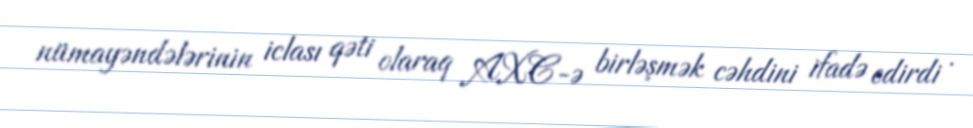
nümayəndələrinin iclası qəti olaraq AXC-ə birləşmək cəhdini ifadə edirdi .